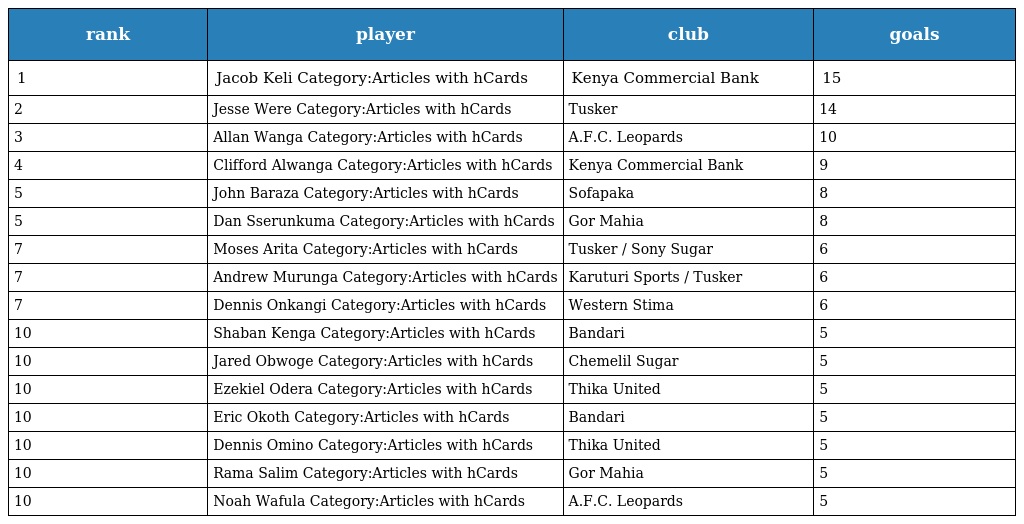
| rank | player | club | goals |
 | --- | --- | --- | --- |
 | 1 | Jacob Keli Category:Articles with hCards | Kenya Commercial Bank | 15 |
 | 2 | Jesse Were Category:Articles with hCards | Tusker | 14 |
 | 3 | Allan Wanga Category:Articles with hCards | A.F.C. Leopards | 10 |
 | 4 | Clifford Alwanga Category:Articles with hCards | Kenya Commercial Bank | 9 |
 | 5 | John Baraza Category:Articles with hCards | Sofapaka | 8 |
 | 5 | Dan Sserunkuma Category:Articles with hCards | Gor Mahia | 8 |
 | 7 | Moses Arita Category:Articles with hCards | Tusker / Sony Sugar | 6 |
 | 7 | Andrew Murunga Category:Articles with hCards | Karuturi Sports / Tusker | 6 |
 | 7 | Dennis Onkangi Category:Articles with hCards | Western Stima | 6 |
 | 10 | Shaban Kenga Category:Articles with hCards | Bandari | 5 |
 | 10 | Jared Obwoge Category:Articles with hCards | Chemelil Sugar | 5 |
 | 10 | Ezekiel Odera Category:Articles with hCards | Thika United | 5 |
 | 10 | Eric Okoth Category:Articles with hCards | Bandari | 5 |
 | 10 | Dennis Omino Category:Articles with hCards | Thika United | 5 |
 | 10 | Rama Salim Category:Articles with hCards | Gor Mahia | 5 |
 | 10 | Noah Wafula Category:Articles with hCards | A.F.C. Leopards | 5 |